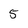
Character: 5